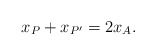
\begin{align*}x_P+x_{P'}=2x_{A}.\end{align*}